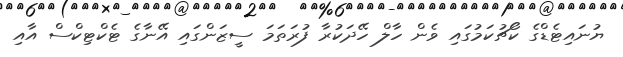
ޔުނައިޓެޑްގެ ކޯޗުކަމުގައި ވެން ހާލް ހޭދަކުރާ ފުރަތަމަ ސީޒަންގައި އޭނާގެ ޓެކްޓިކްސް އާއި